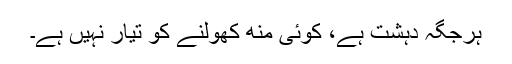
ہرجگہ دہشت ہے، کوئی منھ کھولنے کو تیار نہیں ہے۔